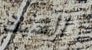
الضيف